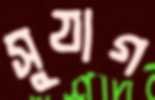
সুযাগ